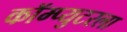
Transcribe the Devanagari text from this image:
कॉम्प्युटरला